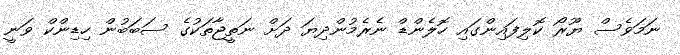
ނަމަވެސް ޔޫރޯ ކޮލިފައިންގައި ހޮލެންޑް ނެރެމުންދިޔަ ދަށް ނަތީޖާތަކުގެ ސަބަބުން ހިޑިންކް ވަނީ